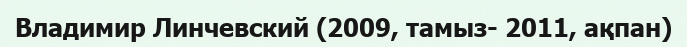
Владимир Линчевский (2009, тамыз- 2011, ақпан)